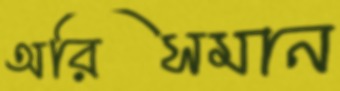
অরিসমান